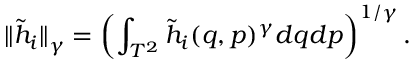
{ \| \tilde { h } _ { i } \| } _ { \gamma } = \left( \int _ { { \cal { T } } ^ { 2 } } { \tilde { h } _ { i } ( q , p ) ^ { \gamma } d q d p } \right) ^ { 1 / \gamma } .